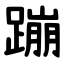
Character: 蹦